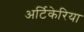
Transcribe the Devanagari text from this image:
अर्टिकेरिया